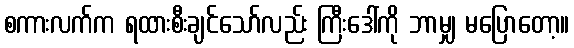
စကားလက်က ရထားစီးချင်သော်လည်း ကြီးဒေါ်ကို ဘာမျှ မပြောတော့။